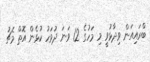
ބްރައިއަން ވިދާޅުވީ މި މަހުގެ 12 ވަނަ ދުވަހު ކުޅެން އޮތް މެޗު